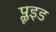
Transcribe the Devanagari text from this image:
प्लूइड